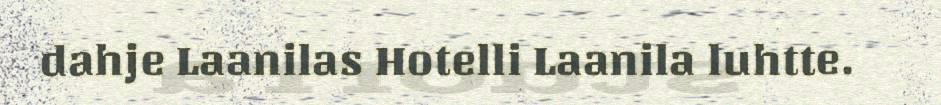
dahje Laanilas Hotelli Laanila luhtte.